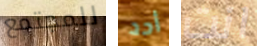
للمجتمع أحد انت